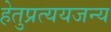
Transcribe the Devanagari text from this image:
हेतुप्रत्ययजन्य